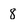
Character: 8